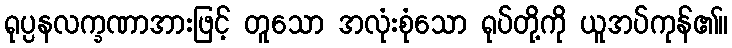
ရုပ္ပနလက္ခဏာအားဖြင့် တူသော အလုံးစုံသော ရုပ်တို့ကို ယူအပ်ကုန်၏။